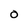
Character: O